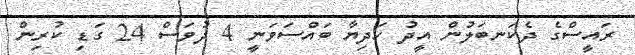
ރައީސްގެ ދެކަނބަލުން އީދު ހަދިޔާ ބައްސަވަނީ 4 ދުވަސް 24 ގަޑި ކުރިން